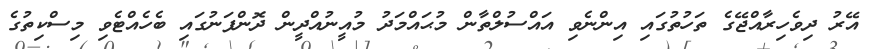
އޭރު ދިވެހިރާއްޖޭގެ ތަހުތުގައި އިންނެވި އައްސުލްތާން މުޙައްމަދު މުއީނުއްދީން ދޮންފަނުގައި ބެހެއްޓެވި މިސްކިތުގެ